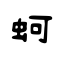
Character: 蚵